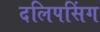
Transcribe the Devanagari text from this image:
दलिपसिंग